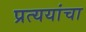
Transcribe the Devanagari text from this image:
प्रत्ययांचा